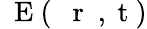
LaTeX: \mathrm{~\mathbf~E~}(\mathrm{~{~\mathbf~r~}~,~t~})